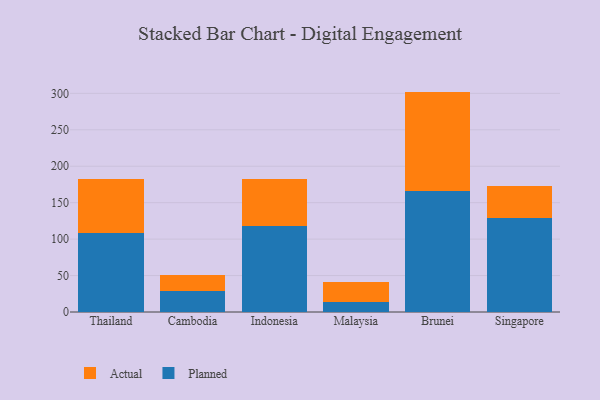
{"axis": {"x": "Country", "y": "Website Visitors"}, "legend": ["Actual", "Planned"], "data": [{"x": "Thailand", "y": 108.1, "type": "Planned"}, {"x": "Thailand", "y": 74.2, "type": "Actual"}, {"x": "Cambodia", "y": 29.2, "type": "Planned"}, {"x": "Cambodia", "y": 21.0, "type": "Actual"}, {"x": "Indonesia", "y": 117.8, "type": "Planned"}, {"x": "Indonesia", "y": 64.2, "type": "Actual"}, {"x": "Malaysia", "y": 13.6, "type": "Planned"}, {"x": "Malaysia", "y": 28.2, "type": "Actual"}, {"x": "Brunei", "y": 166.1, "type": "Planned"}, {"x": "Brunei", "y": 136.3, "type": "Actual"}, {"x": "Singapore", "y": 128.6, "type": "Planned"}, {"x": "Singapore", "y": 44.4, "type": "Actual"}]}